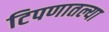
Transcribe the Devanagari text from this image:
टिपणातल्या